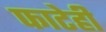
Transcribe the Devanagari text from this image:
फाटेही